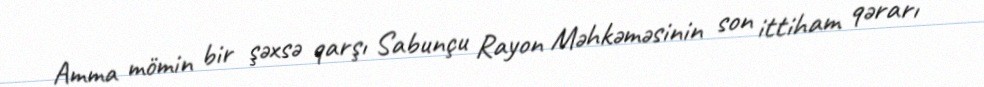
Amma mömin bir şəxsə qarşı Sabunçu Rayon Məhkəməsinin son ittiham qərarı